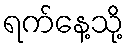
ရက်နေ့သို့